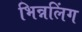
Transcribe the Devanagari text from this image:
भिन्नलिंग